Annual administration report of the Civil Veterinary Department of India - 1895-1896
Year: 1895
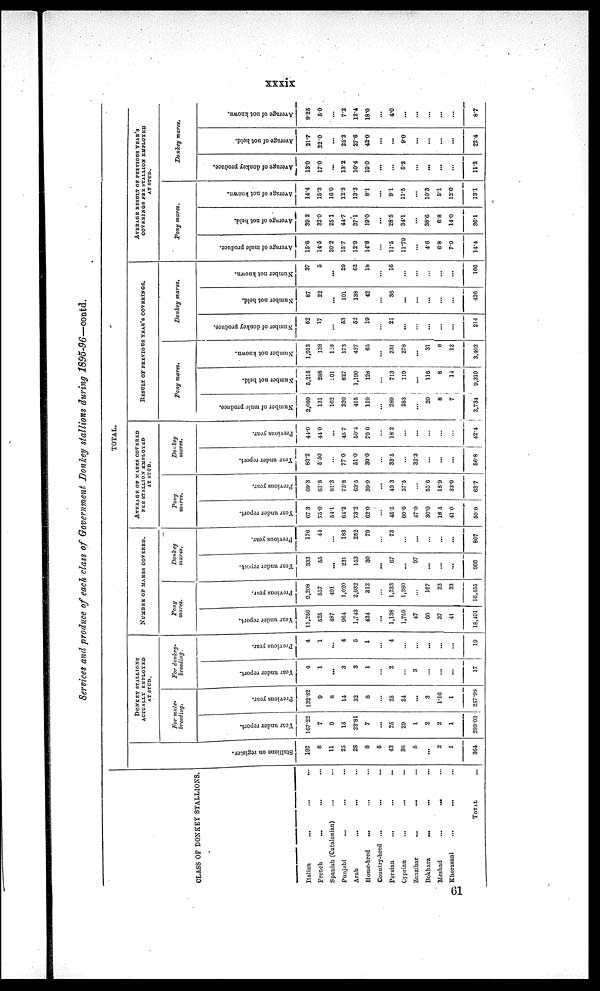
xxxix
Services and produce of each class of Government Donkey stallions during 1895-96—contd.
CLASS OF DONKEY STALLIONS.
Italian ... ... ...
French ... ... ...
Spanish (Catalonian) ... ... ...
Punjabi ... ... ...
Arab ... ... ...
Home-bred ... ... ...
Country-bred ... ... ...
Persian ... ... ...
Cyprian ... ... ...
Zanzibar ... ... ...
Bokhara ... ... ...
Meshad ... ... ...
Khorasani ... ... ...
TOTAL
TOTAL.
Stallions on register.
192
8
11
25
28
8
5
43
36
5
...
2
1
364
DONKEY STALLTIONS
ACTUALLY EMPLOYED
AT
STUD.
For mule-
breeding.
Year under report.
167.22
7
9
15
23.81
7
...
25
29
1
2
2
1
289.03
Previous year.
132.82
9
8
14
32
8
...
25
24
...
3
1.16
1
257.98
For donkey-
breeding.
Year under report.
4
1
...
3
3
1
...
2
...
3
...
...
...
17
Previous year.
4
1
...
4
5
1
...
4
...
...
...
...
...
19
NUMBER OF MARES COVERED.
Pony
mares.
Year under report.
11,256
525
487
904
1,743
434
...
1,138
1,759
47
60
37
41
18,491
Previous year.
9,208
557
491
1,020
2,032
312
...
1,233
1,380
...
167
22
33
10,455
Donkey
mares.
Year under report.
333
55
...
231
153
30
...
67
...
97
...
...
...
966
Previous year.
176
44
...
183
252
79
...
73
...
...
...
...
...
807
AVERAGE OF MARES COVERED
PER STALLION EMPLOYED
AT STUD.
Pony
mares.
Year under report.
67.3
75.0
54.1
64.2
73.2
62.0
...
45.5
60.6
47.0
30.0
18.5
41.0
50.6
Previous year.
69.3
61.8
61.3
72.8
63.5
39.0
...
49.3
57.5
...
55.6
18.9
33.0
63.7
Donkey
mares.
Year
under report.
83.2
5.50
...
77.0
51.0
30.0
...
33.5
...
32.3
...
...
...
56.8
Previous year.
44.0
44.0
...
45.7
50.4
79.0
...
18.2
...
...
...
...
...
42.4
RESULT OF PREVIOUS YEAR'S COVERINGS.
Pony mares.
Number of mule produce.
2,080
131
162
220
415
119
...
289
283
...
20
8
7
3,734
Number not held.
5,215
288
201
627
1,190
128
...
7!3
119
...
116
8
14
9,319
Number not known.
1,913
138
128
173
427
65
...
231
278
...
31
6
12
3,402
Donkey
mares.
Number of donkey produce.
52
17
...
53
52
19
...
21
...
...
...
...
...
214
Number not held.
87
22
...
101
138
42
...
36
...
...
...
...
...
426
Number not known.
37
5
...
29
62
18
...
16
...
...
...
...
...
166
AVERAGE RESULT OF PREVIOUS YEAR'S
COVERINGS PER STALLION EMPLOYED
AT STUD.
Pony mares.
Average of mule produce.
15.6
14.5
20.2
15.7
12.9
14.8
...
11.5
11.79
...
4.6
6.8
7.0
14.4
Average of not held.
39.2
32.0
25.1
44.7
37.1
19.0
...
28.5
34.1
...
38.6
6.8
14.0
36.1
Average of not known.
14.4
15.3
16.0
12.3
13.3
8.1
...
91
11.5
...
10.3
5.1
12.0
13.1
Donkey
mares.
Average of donkey produce.
13.0
17.0
...
13.2
10.4
19.0
...
...
5.2
...
...
...
11.2
Average of not held.
21.7
22.0
...
25.2
27.6
42.0
...
...
9.0
...
...
...
...
22.4
Average of not known.
9.25
50
7.2
12.4
18.0
...
4.0
...
...
...
...
...
8.7
61